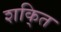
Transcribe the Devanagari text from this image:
शकि्त